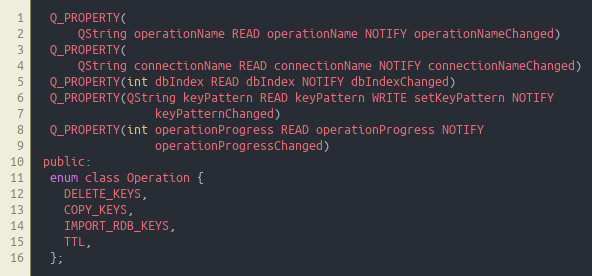
Language: C
  Q_PROPERTY(
      QString operationName READ operationName NOTIFY operationNameChanged)
  Q_PROPERTY(
      QString connectionName READ connectionName NOTIFY connectionNameChanged)
  Q_PROPERTY(int dbIndex READ dbIndex NOTIFY dbIndexChanged)
  Q_PROPERTY(QString keyPattern READ keyPattern WRITE setKeyPattern NOTIFY
                 keyPatternChanged)
  Q_PROPERTY(int operationProgress READ operationProgress NOTIFY
                 operationProgressChanged)
 public:
  enum class Operation {
    DELETE_KEYS,
    COPY_KEYS,
    IMPORT_RDB_KEYS,
    TTL,
  };